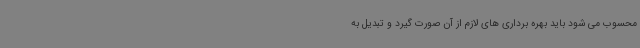
محسوب می شود باید بهره برداری های لازم از آن صورت گیرد و تبدیل به